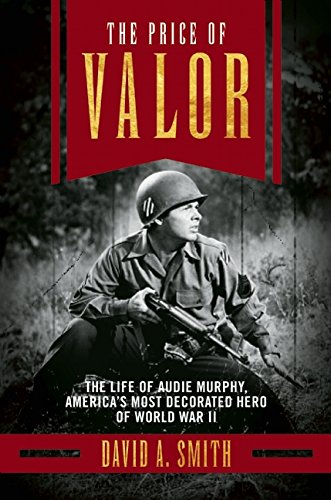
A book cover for The Price of Valor: The Life of Audie Murphy, America's Most Decorated Hero of World War II; David A. Smith; Humor & Entertainment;